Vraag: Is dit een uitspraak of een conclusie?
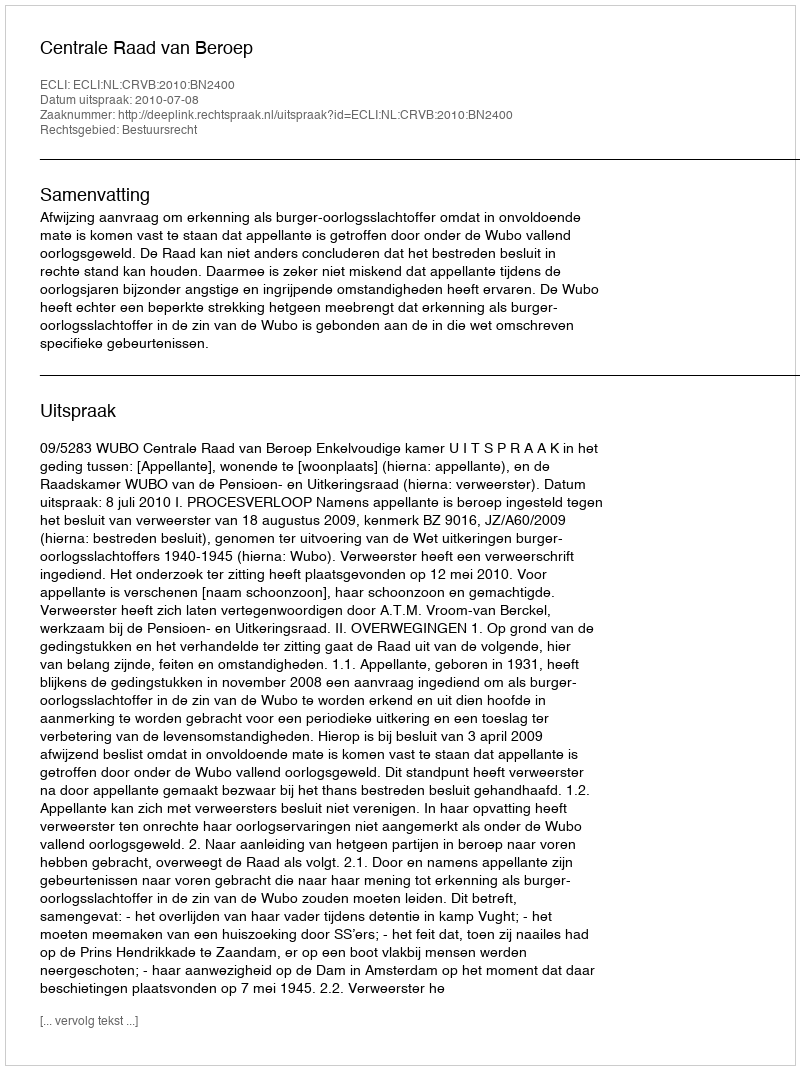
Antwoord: Uitspraak